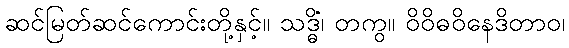
ဆင်မြတ်ဆင်ကောင်းတို့နှင့်။ သဒ္ဓိံ၊ တကွ။ ဝိဝိဓဝိနေဒိတာဝ၊